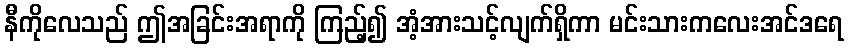
နီကိုလေသည် ဤအခြင်းအရာကို ကြည့်၍ အံ့အားသင့်လျက်ရှိကာ မင်းသားကလေးအင်ဒရေ